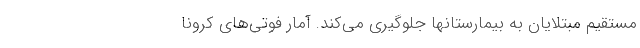
مستقیم مبتلایان به بیمارستانها جلوگیری می‌کند. آمار فوتی‌های کرونا